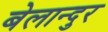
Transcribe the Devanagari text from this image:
बेलान्दुर